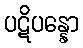
ပဋိပန္နော